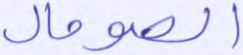
الصومال